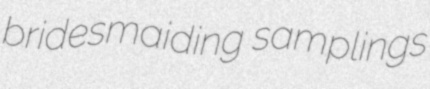
bridesmaiding samplings